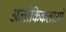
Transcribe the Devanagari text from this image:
अलौकिकताओं